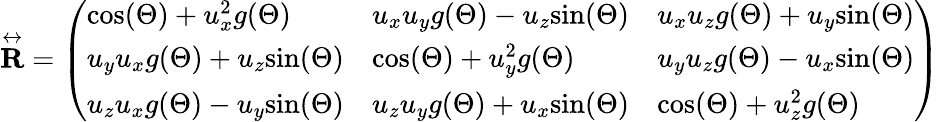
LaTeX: \overset\leftrightarrow{\mathbf{R}}=\left(\begin{array}{lll}{\mathrm{cos}(\Theta)+u_{x}^{2}g(\Theta)}&{u_{x}u_{y}g(\Theta)-u_{z}\mathrm{sin}(\Theta)}&{u_{x}u_{z}g(\Theta)+u_{y}\mathrm{sin}(\Theta)}\\ {u_{y}u_{x}g(\Theta)+u_{z}\mathrm{sin}(\Theta)}&{\mathrm{cos}(\Theta)+u_{y}^{2}g(\Theta)}&{u_{y}u_{z}g(\Theta)-u_{x}\mathrm{sin}(\Theta)}\\ {u_{z}u_{x}g(\Theta)-u_{y}\mathrm{sin}(\Theta)}&{u_{z}u_{y}g(\Theta)+u_{x}\mathrm{sin}(\Theta)}&{\mathrm{cos}(\Theta)+u_{z}^{2}g(\Theta)}\end{array}\right)